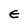
Character: E